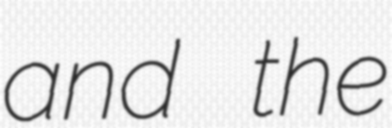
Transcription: and the